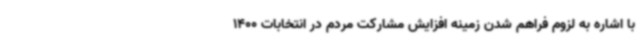
با اشاره به لزوم فراهم شدن زمینه افزایش مشارکت مردم در انتخابات 1400